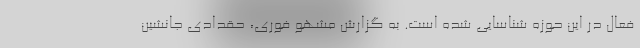
فعال در این حوزه شناسایی شده است. به گزارش مشهو فوری، حقدادی جانشین